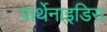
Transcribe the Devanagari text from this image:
पार्थेनाइडिस